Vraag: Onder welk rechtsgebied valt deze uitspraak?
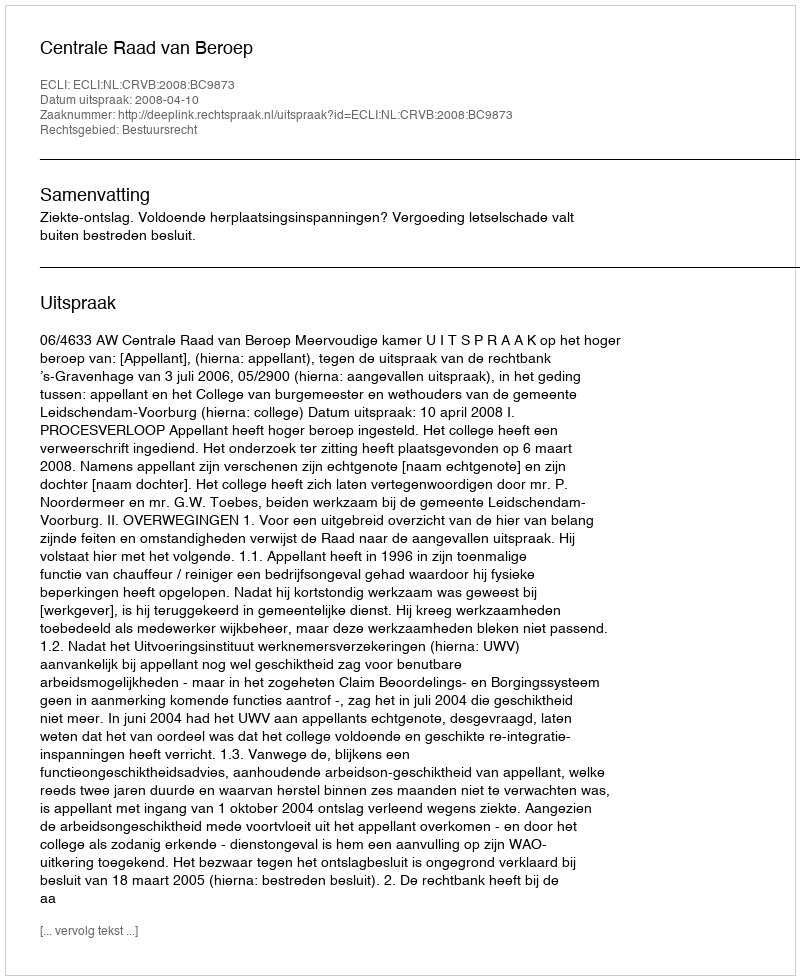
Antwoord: Bestuursrecht